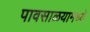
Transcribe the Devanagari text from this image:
पावसाळयामध्ये